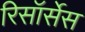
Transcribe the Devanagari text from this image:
रिसॉर्सेस